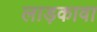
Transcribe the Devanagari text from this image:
लाड़कावा